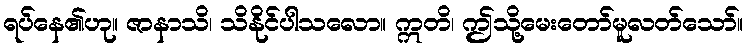
ရပ်နေ၏ဟု။ ဇာနာသိ၊ သိနိုင်ပါသလော။ ဣတိ၊ ဤသို့မေးတော်မူလတ်သော်။